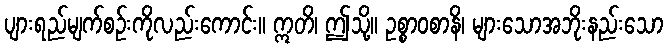
ပျားရည်မျက်စဉ်းကိုလည်းကောင်း။ ဣတိ၊ ဤသို့။ ဥစ္စာဝစာနိ၊ များသောအဘိုးနည်းသော